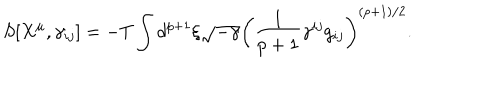
S [ X ^ { \mu } , \gamma _ { i j } ] = - T \int d ^ { p + 1 } \xi \sqrt { - \gamma } \left( \frac { 1 } { p + 1 } \gamma ^ { i j } g _ { i j } \right) ^ { ( p + 1 ) / 2 } .